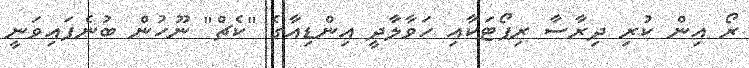
ރޯ އިން ކުރި ދިރާސާ ރިޕޯޓަކާއި ހަވާލާދީ އިންޑިއާގެ "ކެޗް" ނޫހުން ބުނެފައިވަނީ